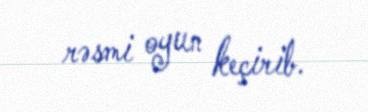
rəsmi oyun keçirib.